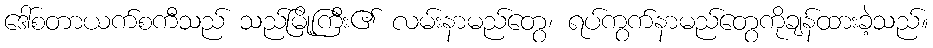
ဒေါ်စတာယက်စကီသည် သည်မြို့ကြီး၏ လမ်းနာမည်တွေ၊ ရပ်ကွက်နာမည်တွေကိုချန်ထားခဲ့သည်။